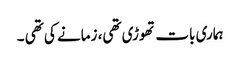
ہماری بات تھوڑی تھی، زمانے کی تھی ۔